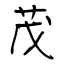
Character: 茂